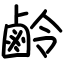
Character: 鹷